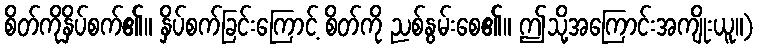
စိတ်ကိုနှိပ်စက်၏။ နှိပ်စက်ခြင်းကြောင့် စိတ်ကို ညစ်နွမ်းစေ၏။ ဤသို့အကြောင်းအကျိုးယူ။)